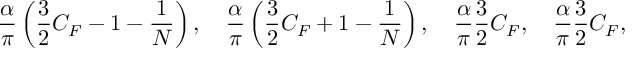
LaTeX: \frac { \alpha } { \pi } \left( \frac { 3 } { 2 } C _ { F } - 1 - \frac { 1 } { N } \right) , \quad \frac { \alpha } { \pi } \left( \frac { 3 } { 2 } C _ { F } + 1 - \frac { 1 } { N } \right) , \quad \frac { \alpha } { \pi } \frac { 3 } { 2 } C _ { F } , \quad \frac { \alpha } { \pi } \frac { 3 } { 2 } C _ { F } ,